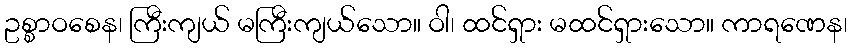
ဥစ္စာဝစေန၊ ကြီးကျယ် မကြီးကျယ်သော။ ဝါ၊ ထင်ရှား မထင်ရှားသော။ ကာရဏေန၊